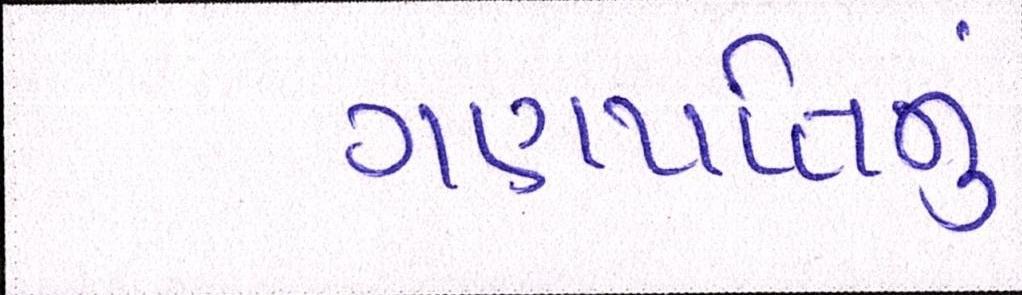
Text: ગણપતિનું